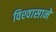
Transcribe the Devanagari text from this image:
विश्‍वासाने